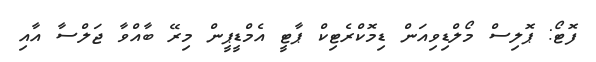
ފޮޓޯ: ޕޮލިސް މޯލްޑިވިއަން ޑިމޮކްރެޓިކް ޕާޓީ އެމްޑީޕީން މިރޭ ބާއްވާ ޖަލްސާ އާއި